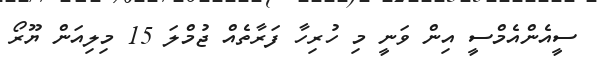
ސީއެންއެމްސީ އިން ވަނީ މި ހުރިހާ ފަރާތެއް ޖުމްލަ 15 މިލިއަން ޔޫރޯ